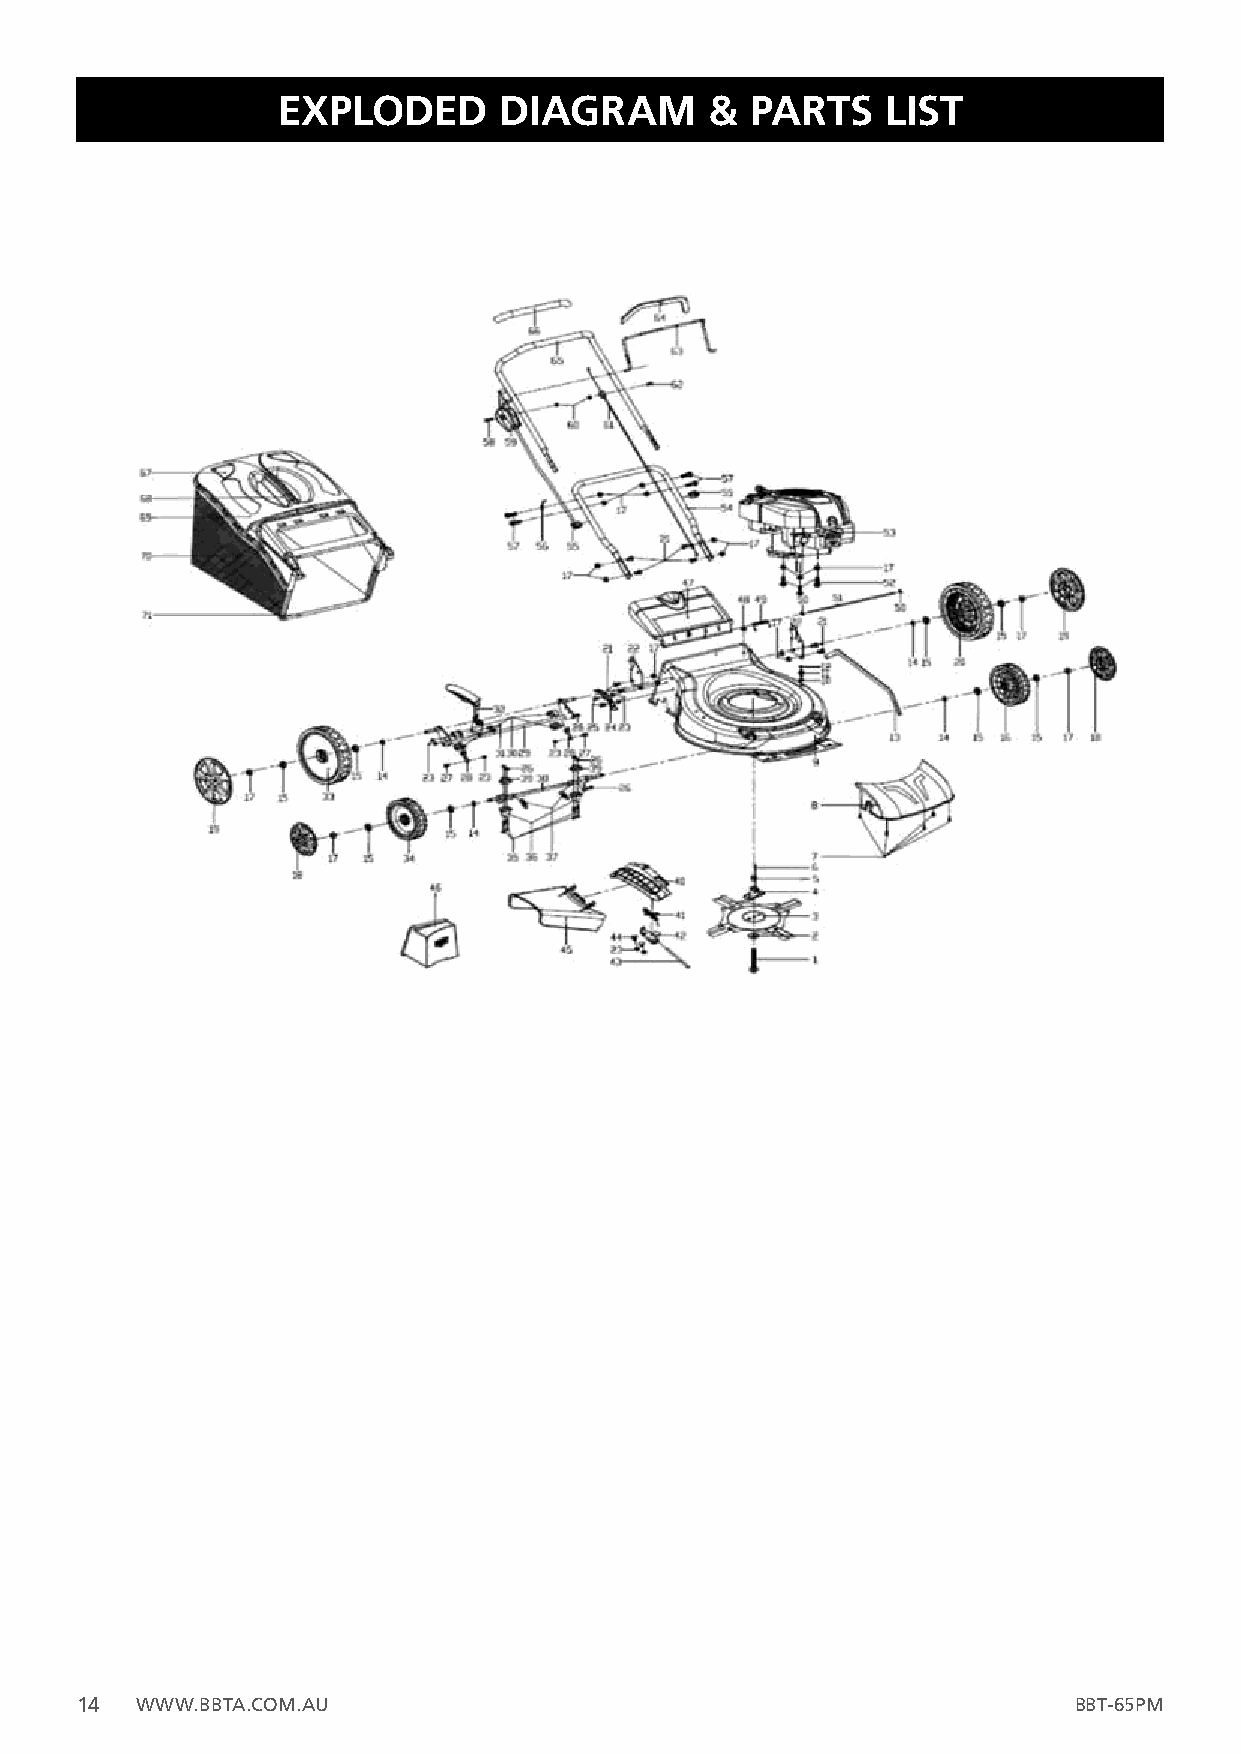
EXPLODED       DIAGRAM       &  PARTS    LIST
 14  WWW.BBTA.COM.AU                                               BBT-65PM